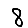
Digit: 8